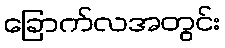
ခြောက်လအတွင်း